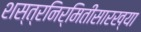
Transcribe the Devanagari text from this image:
शस्त्रनिर्मितीसारख्या